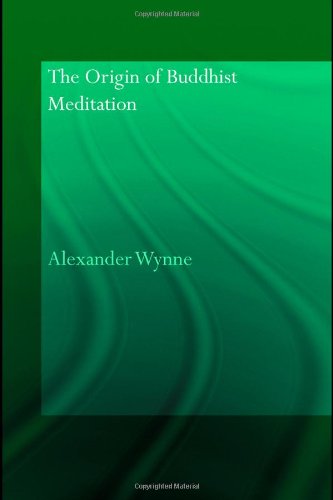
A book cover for The Origin of Buddhist Meditation (Routledge Critical Studies in Buddhism - Oxford Centre for BuddhÂ ); Alexander Wynne; Religion & Spirituality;